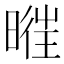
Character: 𣈧